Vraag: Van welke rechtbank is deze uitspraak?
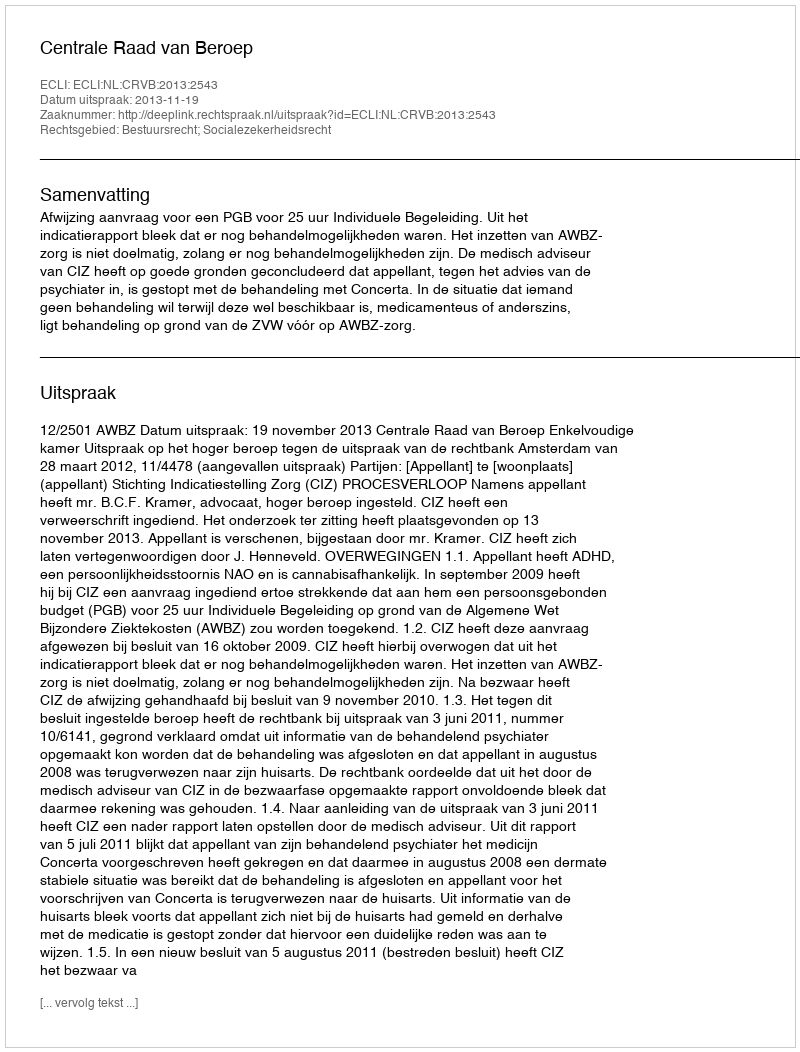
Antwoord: Centrale Raad van Beroep